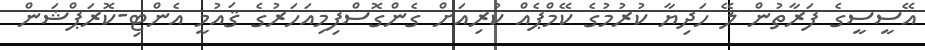
އޭސީސީގެ ފަރާތުން ލޭ ހަދިޔާ ކުރުމުގެ ކޭމްޕެއް ކުރިއަށް ގެންގޮސްފިމިއަހަރުގެ ޤައުމީ އެންޓި-ކޮރަޕްޝަން